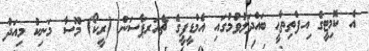
އެ ކޮމިޓީގެ ިއފްތިތާޙީ ބައްދަލުވުމުގައި އެމްޑީޕީގެ ޗެއަރޕާސަން (ރީކޯ) މޫސާ މަނިކު މިއަދު